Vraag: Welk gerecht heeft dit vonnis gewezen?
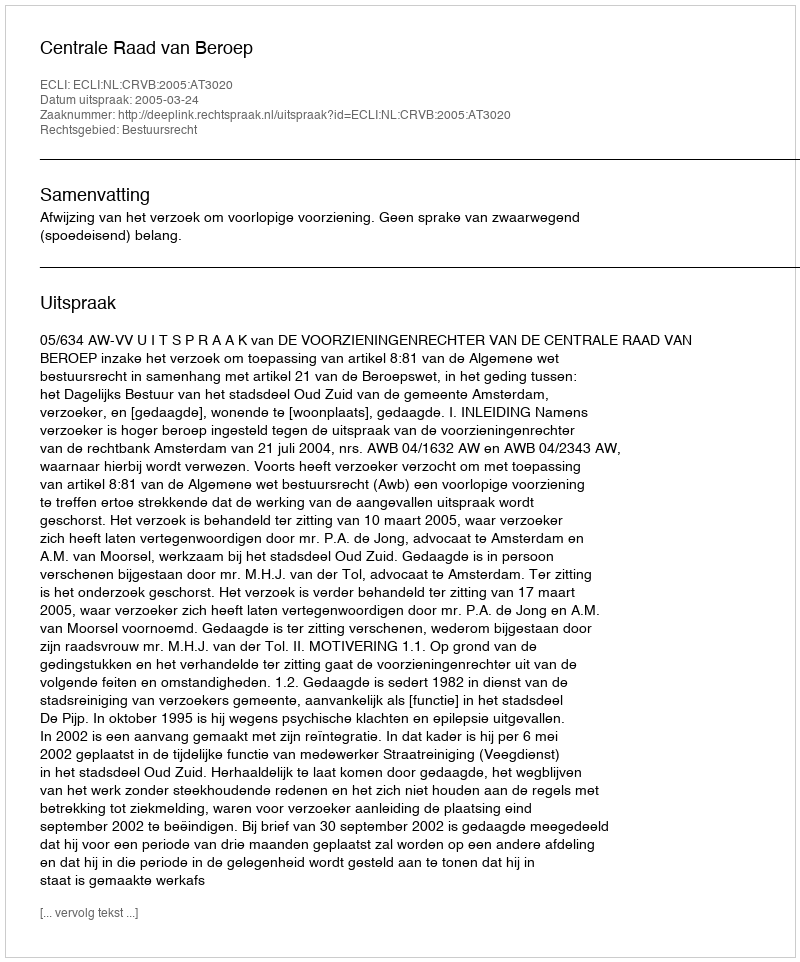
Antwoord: Centrale Raad van Beroep